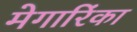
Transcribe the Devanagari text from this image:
मेगारिंका